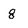
Character: g